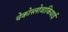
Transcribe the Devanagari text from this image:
चेकोस्लोवाकियाई